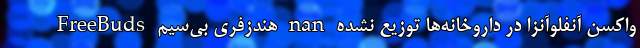
واکسن آنفلوآنزا در داروخانه‌ها توزیع نشده nan هندزفری بی‌سیم FreeBuds